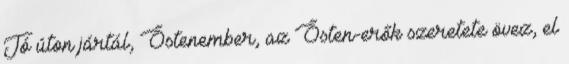
Jó úton jártál, Őstenember, az Ősten-erők szeretete övez, el